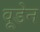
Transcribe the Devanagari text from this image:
वूडेन